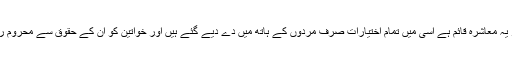
جس بنیاد پر یہ معاشرہ قائم ہے اسی میں تمام اختیارات صرف مردوں کے ہاتھ میں دے دیے گئے ہیں اور خواتین کو ان کے حقوق سے محروم رکھا گیا ہے۔